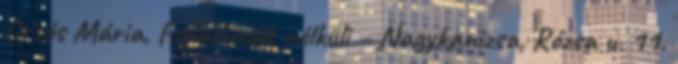
Orsós Mária, foglalkozás nélküli – Nagykanizsa, Rózsa u. 11.